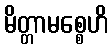
မိတ္တာမစ္စေဟိ